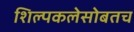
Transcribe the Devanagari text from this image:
शिल्पकलेसोबतच